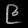
Digit: ၉